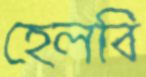
হেলবি